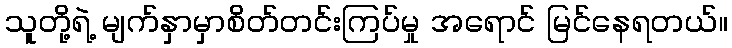
သူတို့ရဲ့ မျက်နှာမှာစိတ်တင်းကြပ်မှု အရောင် မြင်နေရတယ်။